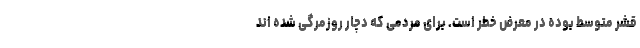
قشر متوسط بوده در معرض خطر است. برای مردمی که دچار روزمرگی شده اند